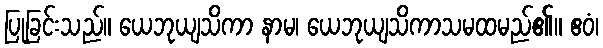
ပြုခြင်းသည်။ ယေဘုယျသိကာ နာမ၊ ယေဘုယျသိကာသမထမည်၏။ ဧဝံ၊